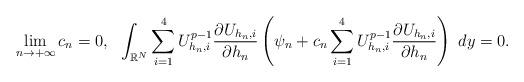
LaTeX: \begin{align*}\lim_{n\to+\infty}c_n=0,\ \ \int_{\mathbb{R}^N}\sum_{i=1}^4 U_{h_n,i}^{p-1} \frac{\partial U_{h_n,i}}{\partial h_n} \left(\psi_n+c_n\sum_{i=1}^4 U_{h_n,i}^{p-1} \frac{\partial U_{h_n,i}}{\partial h_n}\right)~dy = 0.\end{align*}